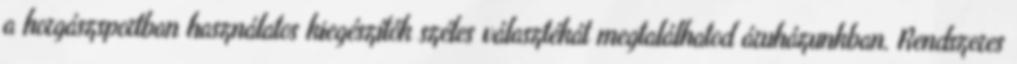
a horgászsportban használatos kiegészítők széles választékát megtalálhatod áruházunkban. Rendszeres